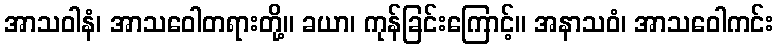
အာသဝါနံ၊ အာသဝေါတရားတို့။ ခယာ၊ ကုန်ခြင်းကြောင့်။ အနာသဝံ၊ အာသဝေါကင်း